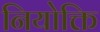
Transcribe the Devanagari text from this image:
नियोक्ति